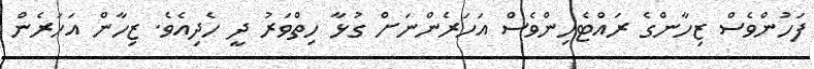
ފަހުންވެސް ޒިހާންގެ ރައްޓެހިންވެސް އަހަރެންނަށް ގުޅާ ހިތްވަރު ދީ ހެދިއެވެ. ޒިހާން އަހަރެން